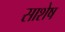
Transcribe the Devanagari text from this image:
साशेष